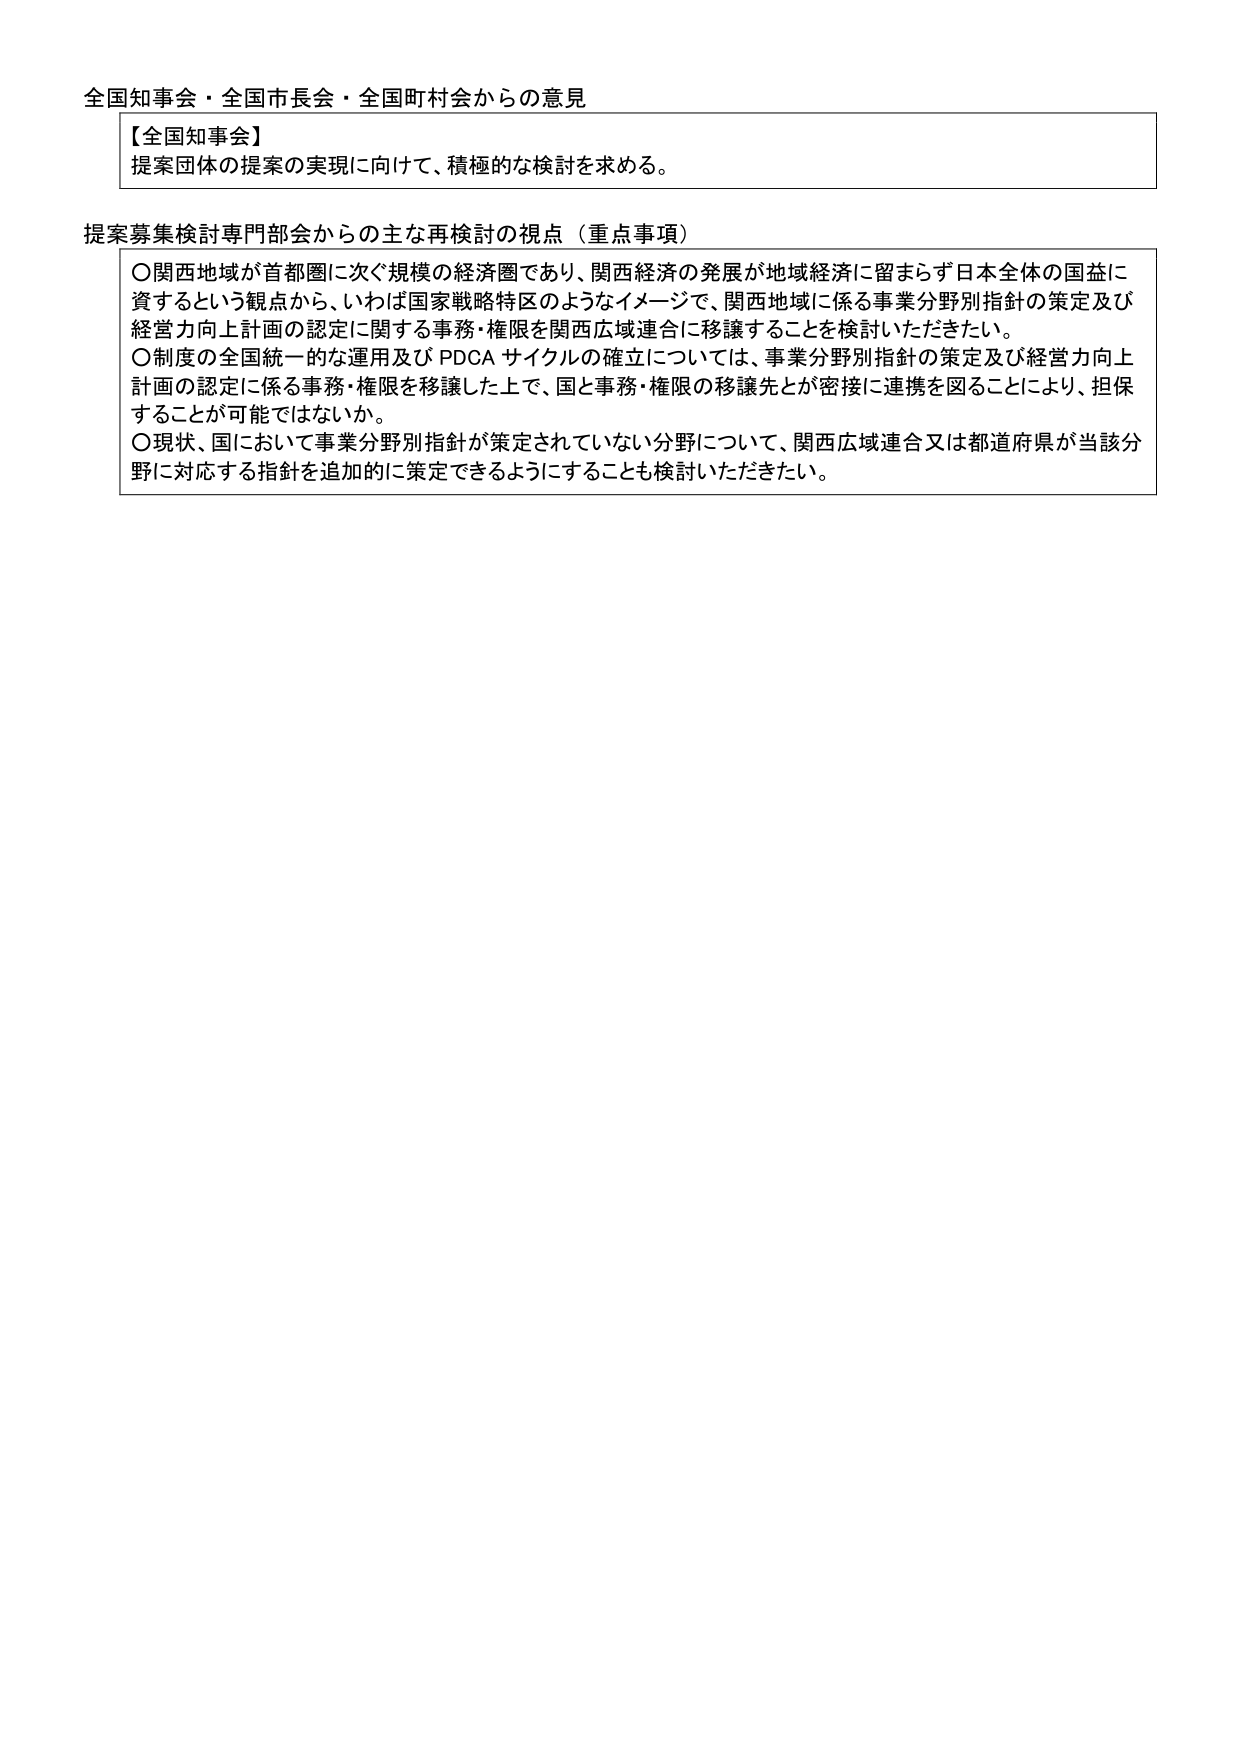
全国知事会・全国市長会・全国町村会からの意見

【全国知事会】
提案団体の提案の実現に向けて、積極的な検討を求める。

提案募集検討専門部会からの主な再検討の視点（重点事項）

〇関西地域が首都圏に次ぐ規模の経済圏であり、関西経済の発展が地域経済に留まらず日本全体の国益に資するという観点から、いわば国家戦略特区のようなイメージで、関西地域に係る事業分野別指針の策定及び経営力向上計画の認定に関する事務・権限を関西広域連合に移譲することを検討いただきたい。

〇制度の全国統一的な運用及びPDCAサイクルの確立については、事業分野別指針の策定及び経営力向上計画の認定に係る事務・権限を移譲した上で、国と事務・権限の移譲先とが密接に連携を図ることにより、担保することが可能ではないか。

〇現状、国において事業分野別指針が策定されていない分野について、関西広域連合又は都道府県が当該分野に対応する指針を追加的に策定できるようにすることも検討いただきたい。